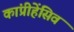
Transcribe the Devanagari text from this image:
कांप्रीहेंसिव